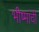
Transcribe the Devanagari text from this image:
भीष्मांची